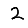
Digit: 2